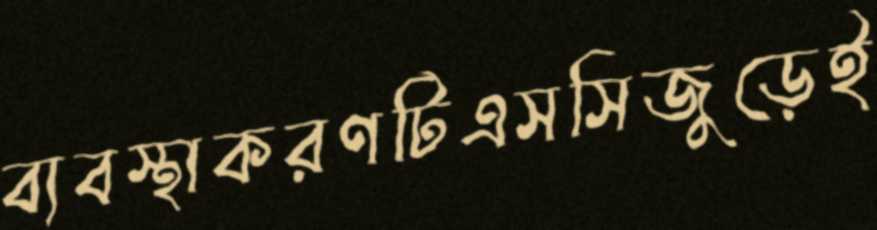
ব্যবস্থাকরণটিএসসিজুড়েই